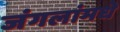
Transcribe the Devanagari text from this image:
जंगलांमधे